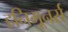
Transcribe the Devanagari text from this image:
हनिमूनर्स